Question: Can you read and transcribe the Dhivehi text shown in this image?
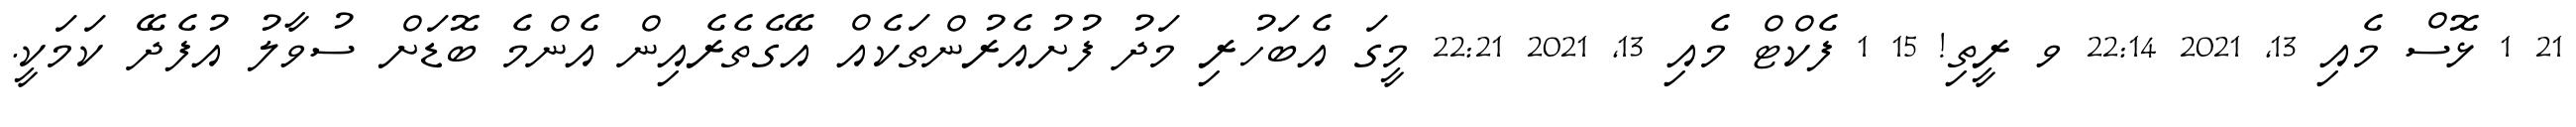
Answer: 21 1 ޅޮސް މެއި 13, 2021 22:14 ވ ރީތި! 15 1 ފެކްޓް މެއި 13, 2021 22:21 މީގަ އެބަހުރި މަދު ފުށުއެރުންތަކެއް އޭގެތެރެއިން އެންމެ ބޮޑަށް ސުވާލު އުފެދޭ ކަމަކީ.